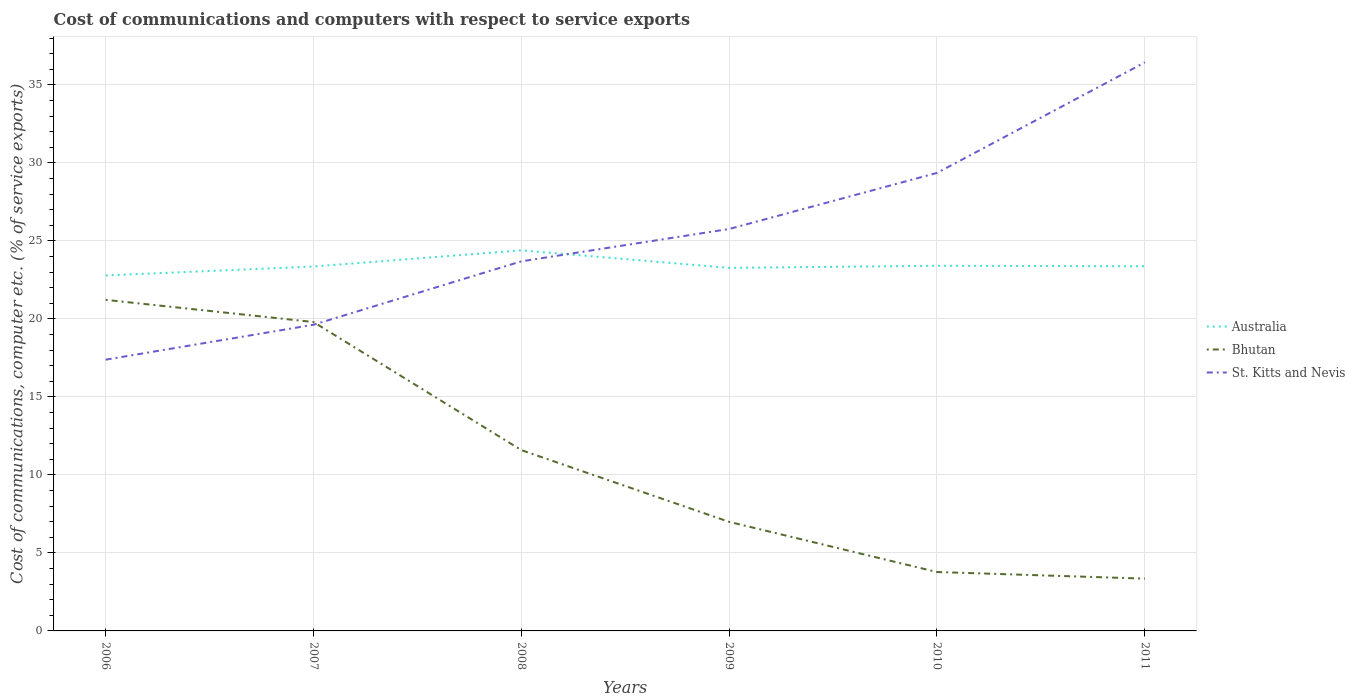
| Years | Australia | Bhutan | St. Kitts and Nevis |
 | --- | --- | --- | --- |
 | 2006 | 22.8 | 21.2 | 17.4 |
 | 2007 | 23.4 | 19.8 | 19.6 |
 | 2008 | 24.4 | 11.6 | 23.7 |
 | 2009 | 23.3 | 6.99 | 25.8 |
 | 2010 | 23.4 | 3.78 | 29.4 |
 | 2011 | 23.4 | 3.35 | 36.4 |